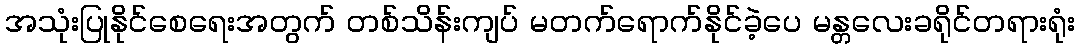
အသုံးပြုနိုင်စေရေးအတွက် တစ်သိန်းကျပ် မတက်ရောက်နိုင်ခဲ့ပေ မန္တလေးခရိုင်တရားရုံး